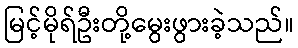
မြင့်မိုရ်ဦးတို့မွေးဖွားခဲ့သည်။